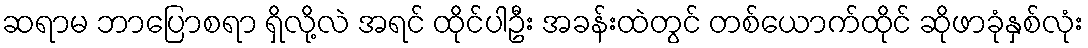
ဆရာမ ဘာပြောစရာ ရှိလို့လဲ အရင် ထိုင်ပါဦး အခန်းထဲတွင် တစ်ယောက်ထိုင် ဆိုဖာခုံနှစ်လုံး